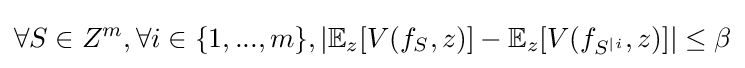
\forall S\in Z^{m},\forall i\in \{1,...,m\},|\mathbb {E} _{z}[V(f_{S},z)]-\mathbb {E} _{z}[V(f_{S^{|i}},z)]|\leq \beta